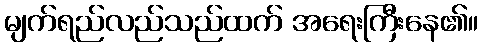
မျက်ရည်လည်သည်ထက် အရေးကြီးနေ၏။